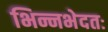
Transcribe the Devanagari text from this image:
भिन्नभेदतः